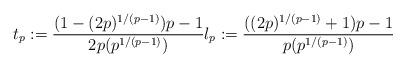
LaTeX: \begin{align*}t_p:= \frac{(1 - (2p)^{1/(p-1)})p - 1}{2p(p^{1/(p-1)})} l_p:= \frac{((2p)^{1/(p-1)} + 1)p - 1}{p(p^{1/(p-1)})}\end{align*}